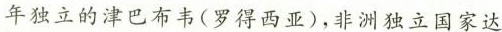
年独立的津巴布韦(罗得西亚)，非洲独立国家达